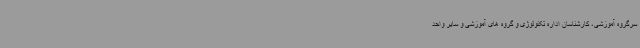
سرگروه آموزشی، کارشناسان اداره تکنولوژی و گروه های آموزشی و سایر واحد